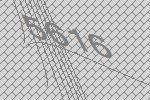
5616